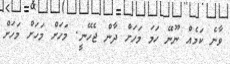
ވާނެ ކަމެއް ނޫނޭ ހަމަ މަހަށް ދާން ޖެހޭނީ. މަހަށް މަހަށް މަހަށް